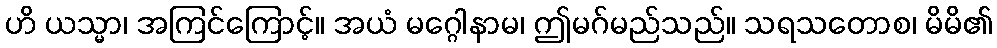
ဟိ ယသ္မာ၊ အကြင်ကြောင့်။ အယံ မဂ္ဂေါနာမ၊ ဤမဂ်မည်သည်။ သရသတောစ၊ မိမိ၏